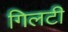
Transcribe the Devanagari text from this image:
गिलटी